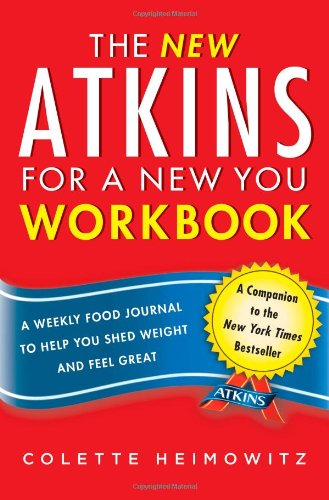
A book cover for The New Atkins for a New You Workbook: A Weekly Food Journal to Help You Shed Weight and Feel Great; Colette Heimowitz; Health, Fitness & Dieting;